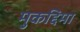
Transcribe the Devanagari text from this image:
मुकद्दिमा